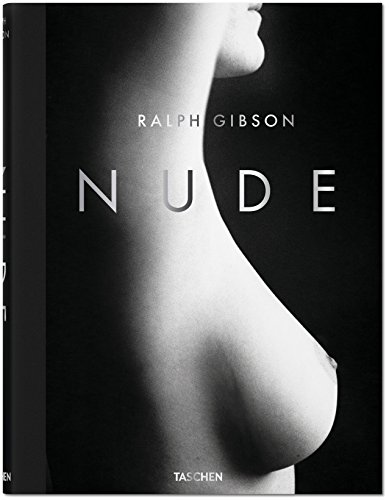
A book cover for Ralph Gibson: Nude; Eric Fischl; Arts & Photography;